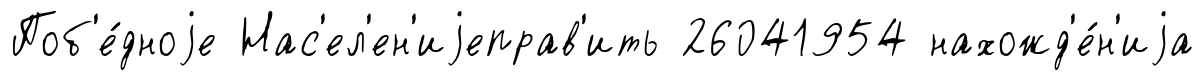
Поб'е́дноjе Нас'ел'ен'иjеправ'ить 26041954 нахожд'е́н'иjа